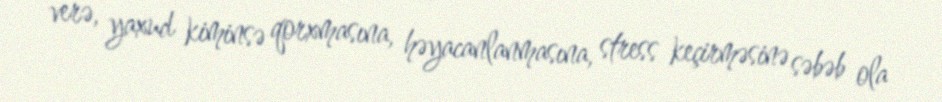
verə, yaxud kiminsə qorxmasına, həyacanlanmasına, stress keçirməsinə səbəb ola